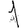
Digit: 1